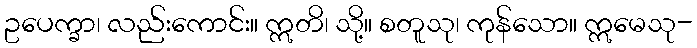
ဥပေက္ခာ၊ လည်းကောင်း။ ဣတိ၊ သို့။ စတူသု၊ ကုန်သော။ ဣမေသု-